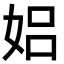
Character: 㛎